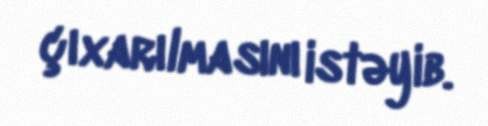
çıxarılmasını istəyib.